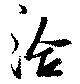
洽